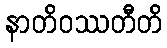
နာတိဝဿတီတိ